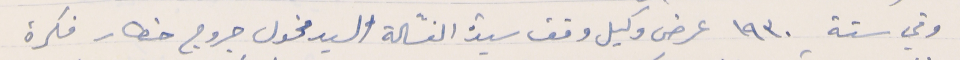
وفي سنة ١٩٣٠ عرض وكيل وقف سيدة الغسّالة السيد مخول جروج خطار فكرة